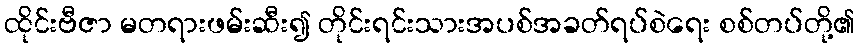
ထိုင်းဗီဇာ မတရားဖမ်းဆီး၍ တိုင်းရင်းသားအပစ်အခတ်ရပ်စဲရေး စစ်တပ်တို့၏